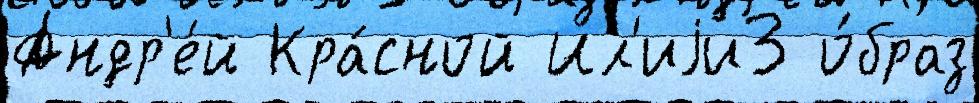
Андр'е́й Кра́сной Ил'иjи3 о́браз